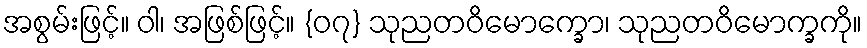
အစွမ်းဖြင့်။ ဝါ၊ အဖြစ်ဖြင့်။ {၀၇} သုညတဝိမောက္ခော၊ သုညတဝိမောက္ခကို။